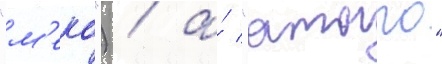
"м'еко") / а́ "атаго"